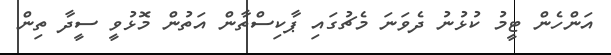
އަންހެން ޓީމު ކުޅުނު ދެވަނަ މެޗުގައި ޕާކިސްތާން އަތުން މޮޅުވީ ސީދާ ތިން